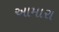
આમારા